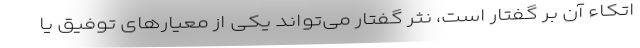
اتکاء آن بر گفتار است، نثر گفتار می‌تواند یکی از معیارهای توفیق یا